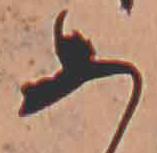
あ